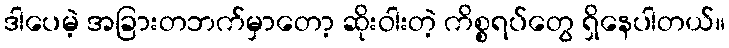
ဒါပေမဲ့ အခြားတဘက်မှာတော့ ဆိုးဝါးတဲ့ ကိစ္စရပ်တွေ ရှိနေပါတယ်။